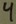
Text: 4